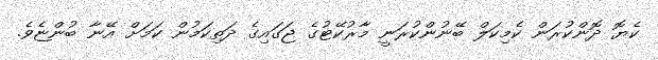
ކެޔޮ ދޮންކުރަން ކެމިކަލް ބޭނުންކުރަނީ މާރުކޭޓުގެ ޖަގައިގެ ދަތިކަމުން ކަމަށް އޭނާ ބުންޏެވެ.